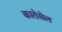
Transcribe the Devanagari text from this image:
कारोसेल